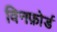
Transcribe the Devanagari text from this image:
विनफ़ोर्ड